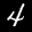
Label: 4